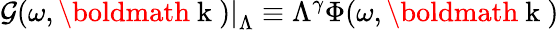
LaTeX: \left.\mathcal{G}(\omega,\mathrm{{\boldmath~k~}})\right|_{\Lambda}\equiv\Lambda^{\gamma}\Phi(\omega,\mathrm{{\boldmath~k~}})